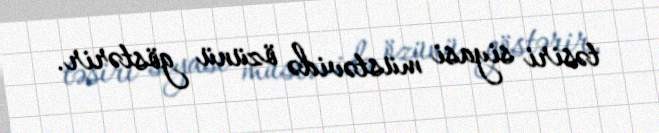
təsiri siyasi müstəvidə özünü göstərir.